Janeda_(Ambla)_vallavalitsus, lk 10
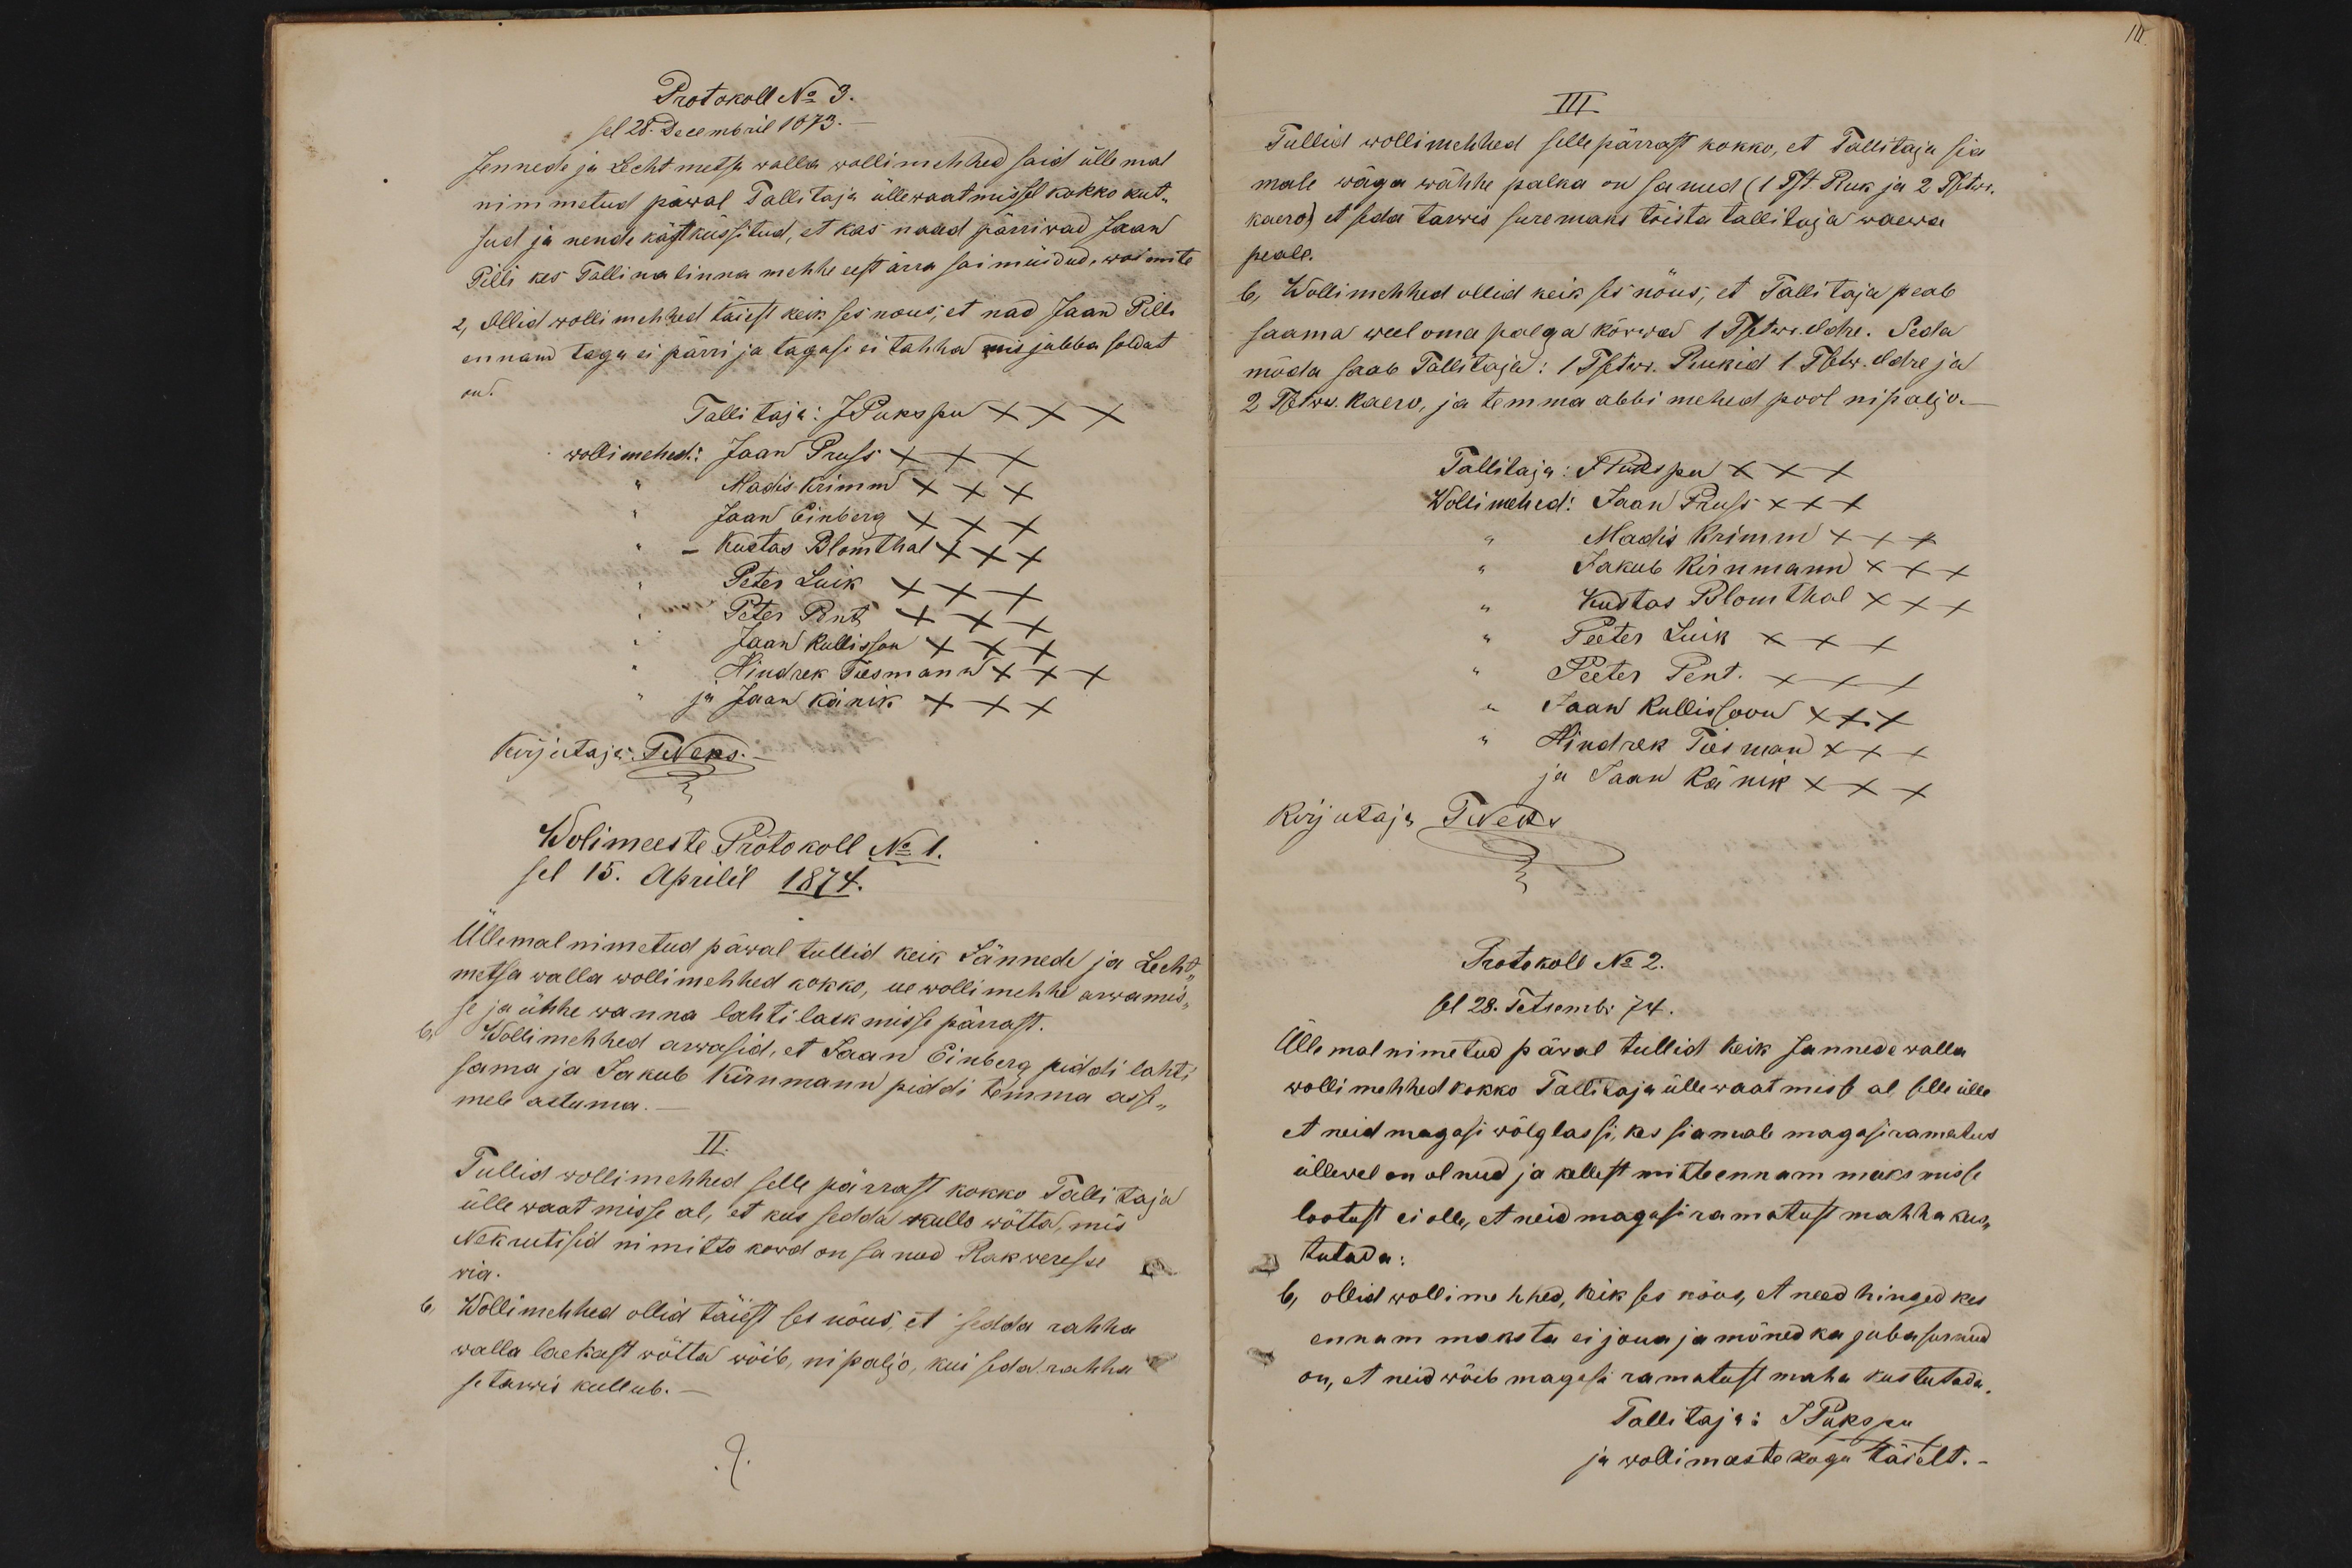
Protokoll No 3.
sel 28. Decembril 1873.
Jennede ja Lechtmetsa walla wollimehhed said üllemal
nimmetud päwal Tallitaja üllewaatmissel kokko kut-
sud ja nende käst küssitud, et kas naad pärriwad Jaan
Pilli kes Tallina linna mehhe eest ärra sai müidud, woi mite
2, Ollid wollimehhed täiest keik ses nous, et nad Jaan Pilli
ennam tagu ei pärri ja tagasi ei tahha mis jubba soldat
on.
Tallitaja: JPukspu XXX
wollimehed: Jaan Pruss XXX
Madis Krimm XXX
Jaan Einberg XXX
- Kustas Blomthal XXX
Peter Luik XXX
Peter Pent XXX
Jaan Kullisson XXX
Hindrek Tiesmann XXX
ja Jaan Känik XXX
Kirjutaja: TNeks.
Wolimeeste Protokoll No 1.
sel 15. Aprilil 1874.
Üllemal nimetud päwal tullid keik Jännede ja Lecht-
metsa walla wollimehhed kokko, ue wollimehhe arwamis-
se ja ühhe wanna lahti laskmisse pärrast.
6, Wollimehhed arwasid, et Jaan Einberg piddi lahti
ama ja Jakub Kirnmann piddi temma asse-
mele astuma. -
II.
Tullid wollimehhed selle pärrast kokko Tallitaja
ülle waatmisse al, et kus sedda kullo wõtta, mis
Nekrutid ni mitto kord on sanud Rakweresse
wia.
b, Wolli mehhed ollid täiest ses nõus, et sedda rahha
walla laekast wõtta wõib, ni paljo, kui seda rahha
se tarwis kullub. -

III
Tullid wollimehhed selle pärrast kokko, et Tallitaja sia
male wäga wähhe palka on sanud (1 Tst. Ruk ja 2 Tsetwr.
kaero) et seda tarwis suremaks tõista tallitaja waewa
peale.
b, Wollimehhed ollid keik ses nõus, et Tallitaja peab
saama weel oma palga kõrwa 1 Tstwr. Odre. Seda
möda saab Tallitaja: 1 Tsetwr. Rukid 1 Tsetw. Odre ja
2 Tsetwr. kaero, ja temma abbimehed pool nipaljo.-
Tallitaja: J. Pukspu XXX
Wollimehed: Jaan Pruss XXX
Madis Krimm XXX
Jakub Kirnmann XXX
Kustas Blomthal XXX
Peeter Luik XXX
Peeter Pent. XXX
Jaan Kullissoon XXX
Hindrek Tiesman XXX
ja Jaan Känik XXX
Kirjutaja TNeks
Protokoll No 2.
sel 28. Tetsembr 74.
Üllemal nimetud päwal tullid keik Jannede walla
wollimehhed kokko Tallitaja üllewaatmisse al, selle ülle
et neid magasi wõlglassi, kes siamale magasiramatus
üllevel on olnud ja kellest mitte ennam maksmisse
lootust ei olle, et neid magasiramatust mahha kus-
tutada:
b, ollid wollimehhed, keik ses nõus, et need hinged kes
ennam maksta ei joua ja mõned ka juba surnud
on, et neid wõib magasi ramatust maha kustutada
Tallitaja: JPukspu
ja wollimeeste kogu täielt.-